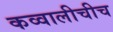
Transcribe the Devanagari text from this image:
कव्वालीचीच